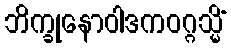
ဘိက္ခုနောဝါဒကဝဂ္ဂသ္မိံ